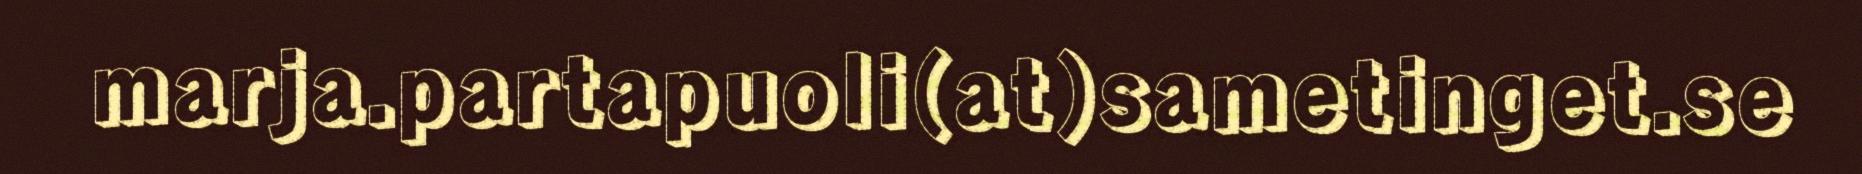
marja.partapuoli(at)sametinget.se